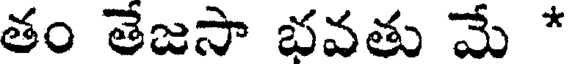
తం తేజసా భవతు మే *